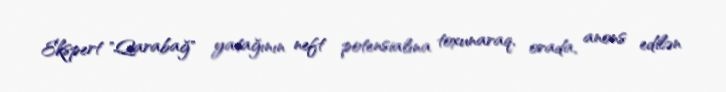
Ekspert "Qarabağ" yatağının neft potensialına toxunaraq, orada, anons edilən